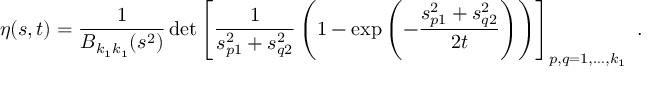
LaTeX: \eta ( s , t ) = \frac { 1 } { B _ { k _ { 1 } k _ { 1 } } ( s ^ { 2 } ) } \, \mathrm { d e t } \left[ \frac { 1 } { s _ { p 1 } ^ { 2 } + s _ { q 2 } ^ { 2 } } \left( 1 - \exp \left( - \frac { s _ { p 1 } ^ { 2 } + s _ { q 2 } ^ { 2 } } { 2 t } \right) \right) \right] _ { p , q = 1 , \ldots , k _ { 1 } } \ .